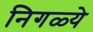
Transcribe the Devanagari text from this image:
निगळ्ये